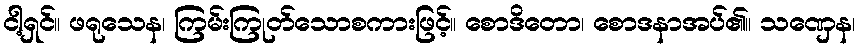
ငါ့ရှင်။ ဖရုသေန၊ ကြမ်းကြုတ်သောစကားဖြင့်။ စောဒိတော၊ စောဒနာအပ်၏။ သဏှေန၊